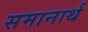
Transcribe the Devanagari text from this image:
समानार्थ